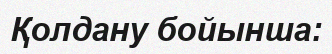
Қолдану бойынша: